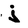
Character: j